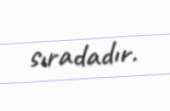
sıradadır.